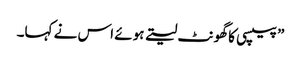
” پیپسی کا گھونٹ لیتے ہوئے اس نے کہا۔